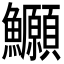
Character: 𫚆